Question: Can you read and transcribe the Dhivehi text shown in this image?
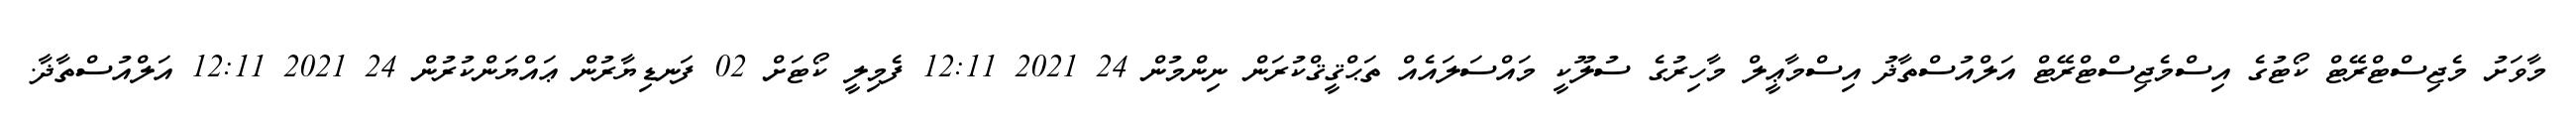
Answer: މާވަށު މެޖިސްޓްރޭޓް ކޯޓުގެ އިސްމެޖިސްޓްރޭޓް އަލްއުސްތާޛު އިސްމާޢީލް މާހިރުގެ ސުލޫކީ މައްސަލައެއް ތަޙްޤީޤްކުރަން ނިންމުން 24 2021 12:11 ފެމިލީ ކޯޓަށް 02 ފަނޑިޔާރުން ޢައްޔަންކުރުން 24 2021 12:11 އަލްއުސްތާޛާ.